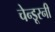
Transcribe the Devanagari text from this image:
चेन्डूरनी